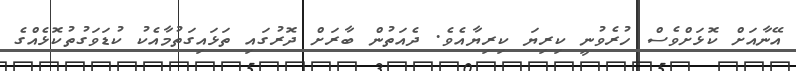
އޭނާއަށް ކޮޅަށްވެސް ހުރެވުނީ ކިރިޔަ ކިރިޔާއެވެ. ދެއަތުން ބާރަށް ދޮރުގައި ތަޅައިގަތުމާއެކު ކުޑަވަގުތުކޮޅެއްގެ